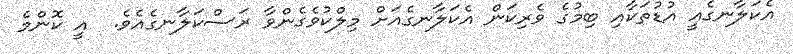
އެކަލާނގެއީ އުޑުތަކާއި ބިމުގެ ވެރިކަން އެކަލާނގެއަށް މިލްކުވެގެންވާ ރަސްކަލާނގެއެވެ.  އީ ކޮންމެ